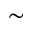
\sim